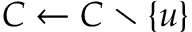
C \gets C \setminus \{ u \}